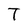
Character: T